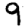
Digit: 9